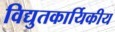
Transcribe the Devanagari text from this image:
विद्युतकार्यिकीय